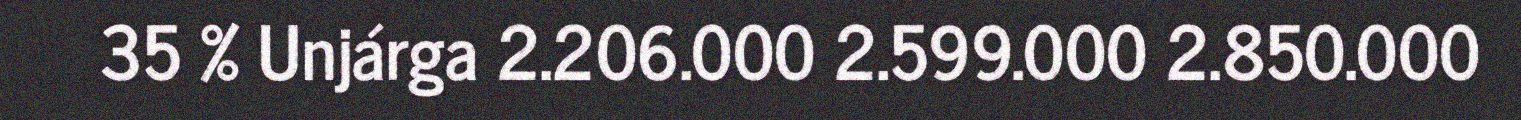
35 % Unjárga 2.206.000 2.599.000 2.850.000